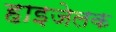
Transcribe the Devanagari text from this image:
हाइजेलक